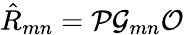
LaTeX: \hat{R}_{mn}={\cal P}{\cal G}_{mn}{\cal O}\,